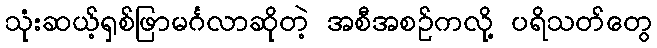
သုံးဆယ့်ရှစ်ဖြာမင်္ဂလာဆိုတဲ့ အစီအစဉ်ကလို့ ပရိသတ်တွေ